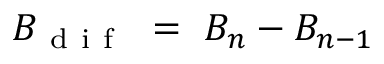
B _ { \mathrm { ~ d ~ i ~ f ~ } } ~ = ~ B _ { n } - B _ { n - 1 }